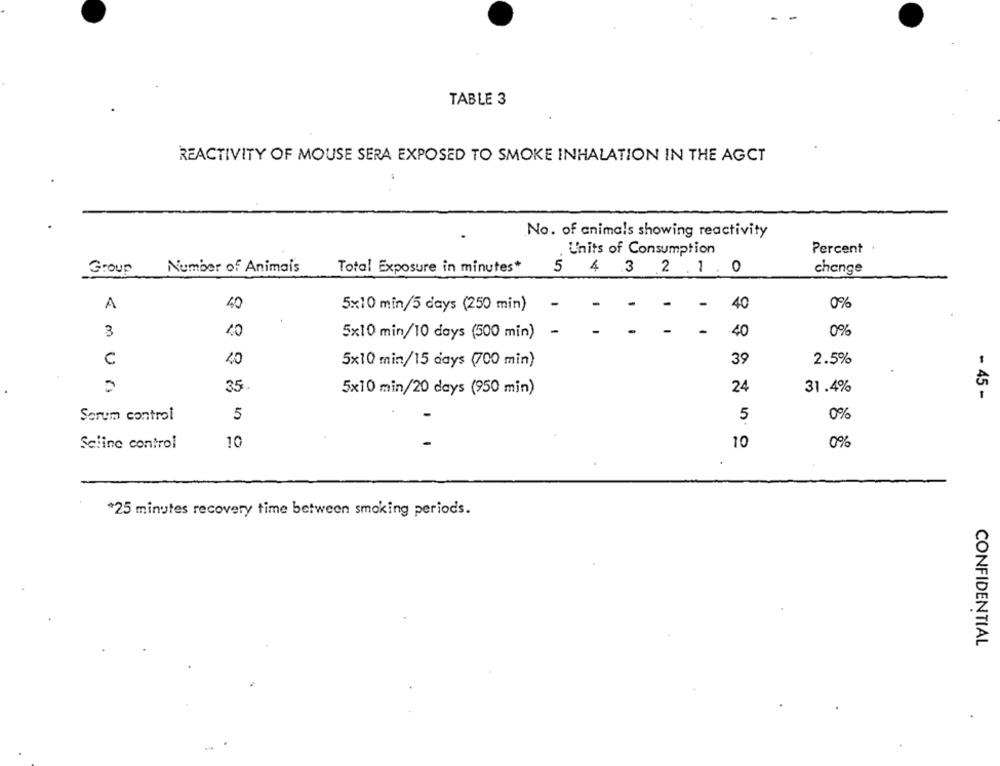
TABLE 3
REACTIVITY OF MOUSE SERA EXPOSED TO SMOKE INHALATION IN THE AGCT
No. of animals showing reactivity
Units of Consumption
Percent
Number of Animais
Total Exposure in minutes*
change
Group
5 4 3 .2 . 1 . 0
A
40
40
0%
5x10 min/5 days (250 min)
-
3
40
5x10 min/10 days (500 min)
-
40
0%
C
40
39
2.5%
5×10 min/15 days (700 min)
35
5x10 min/20 days (950 min)
24
31.4%
- 45 -
Serum control
5
5
0%
10
10
0%
Sciine control
*25 minutes recovery time between smoking periods.
CONFIDENTIAL